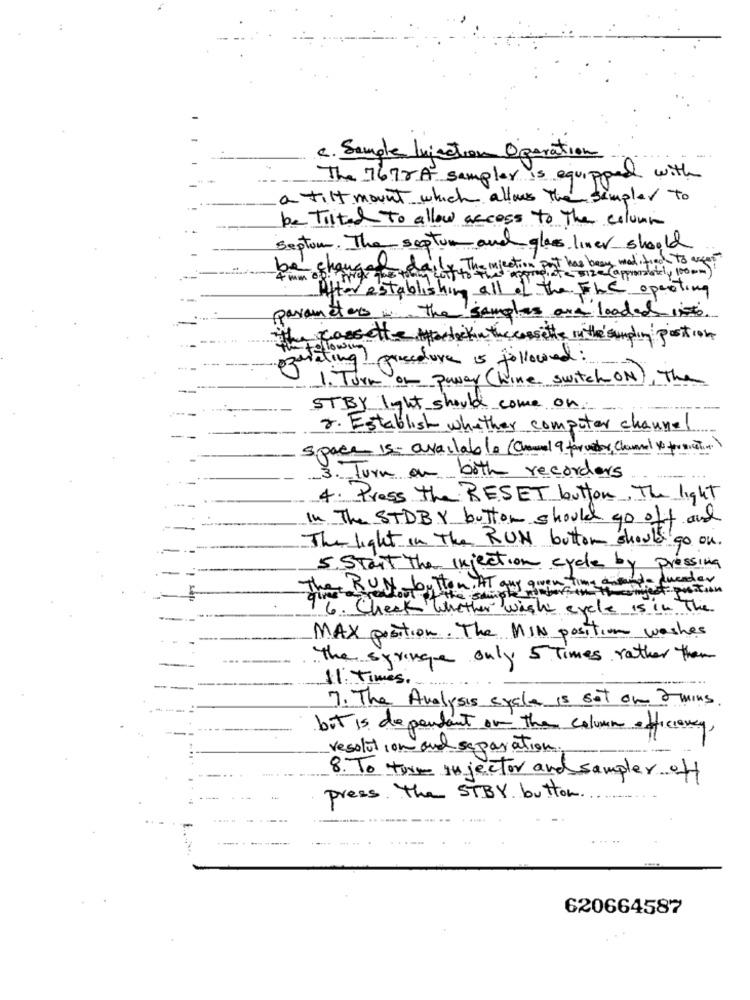
c. Sample Injection Operation
- -
The 7678A sampler is equipped with
a tilt mount which allows the sampler to
be Tilted to allow access to the column
Septom. The septum and glass liner should
be changed daily The injection pot has been modified to agent
12t- Size (approvalately 100 mm)
After establishing all of the TLC operating
parameters . the samples are loaded into
the cassette theclickin the cassette in the sampling position
writing procedure is followed :
1. T.
rn of punar (Line switch ON), The
STBY light should come on:
2. Establish whether computer channel
space is- available (Chanel 9 for vedor, Chammal to position)
3. Turn on both recorders
4. Press the RESET button, The light
In The STDBY button should go off and
The light in The RUN button should
a go ou.
-
5. Start The injection cycle by P
Pressing
- pluender
The RUN by Hon , AT guy given time andere
inject piston
96. Check Whether wish evele is in The
MAX position. The MIN position washes
The syringe only 5 Times rather than
11: Times.
7. The Analysis cycle is set on 2 mins
but is dependant on the column efficiency,
resolution and separation:
8. To turn injector and sampler off
press. The STBY button.
620664587